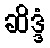
ဆိဒ္ဒံ